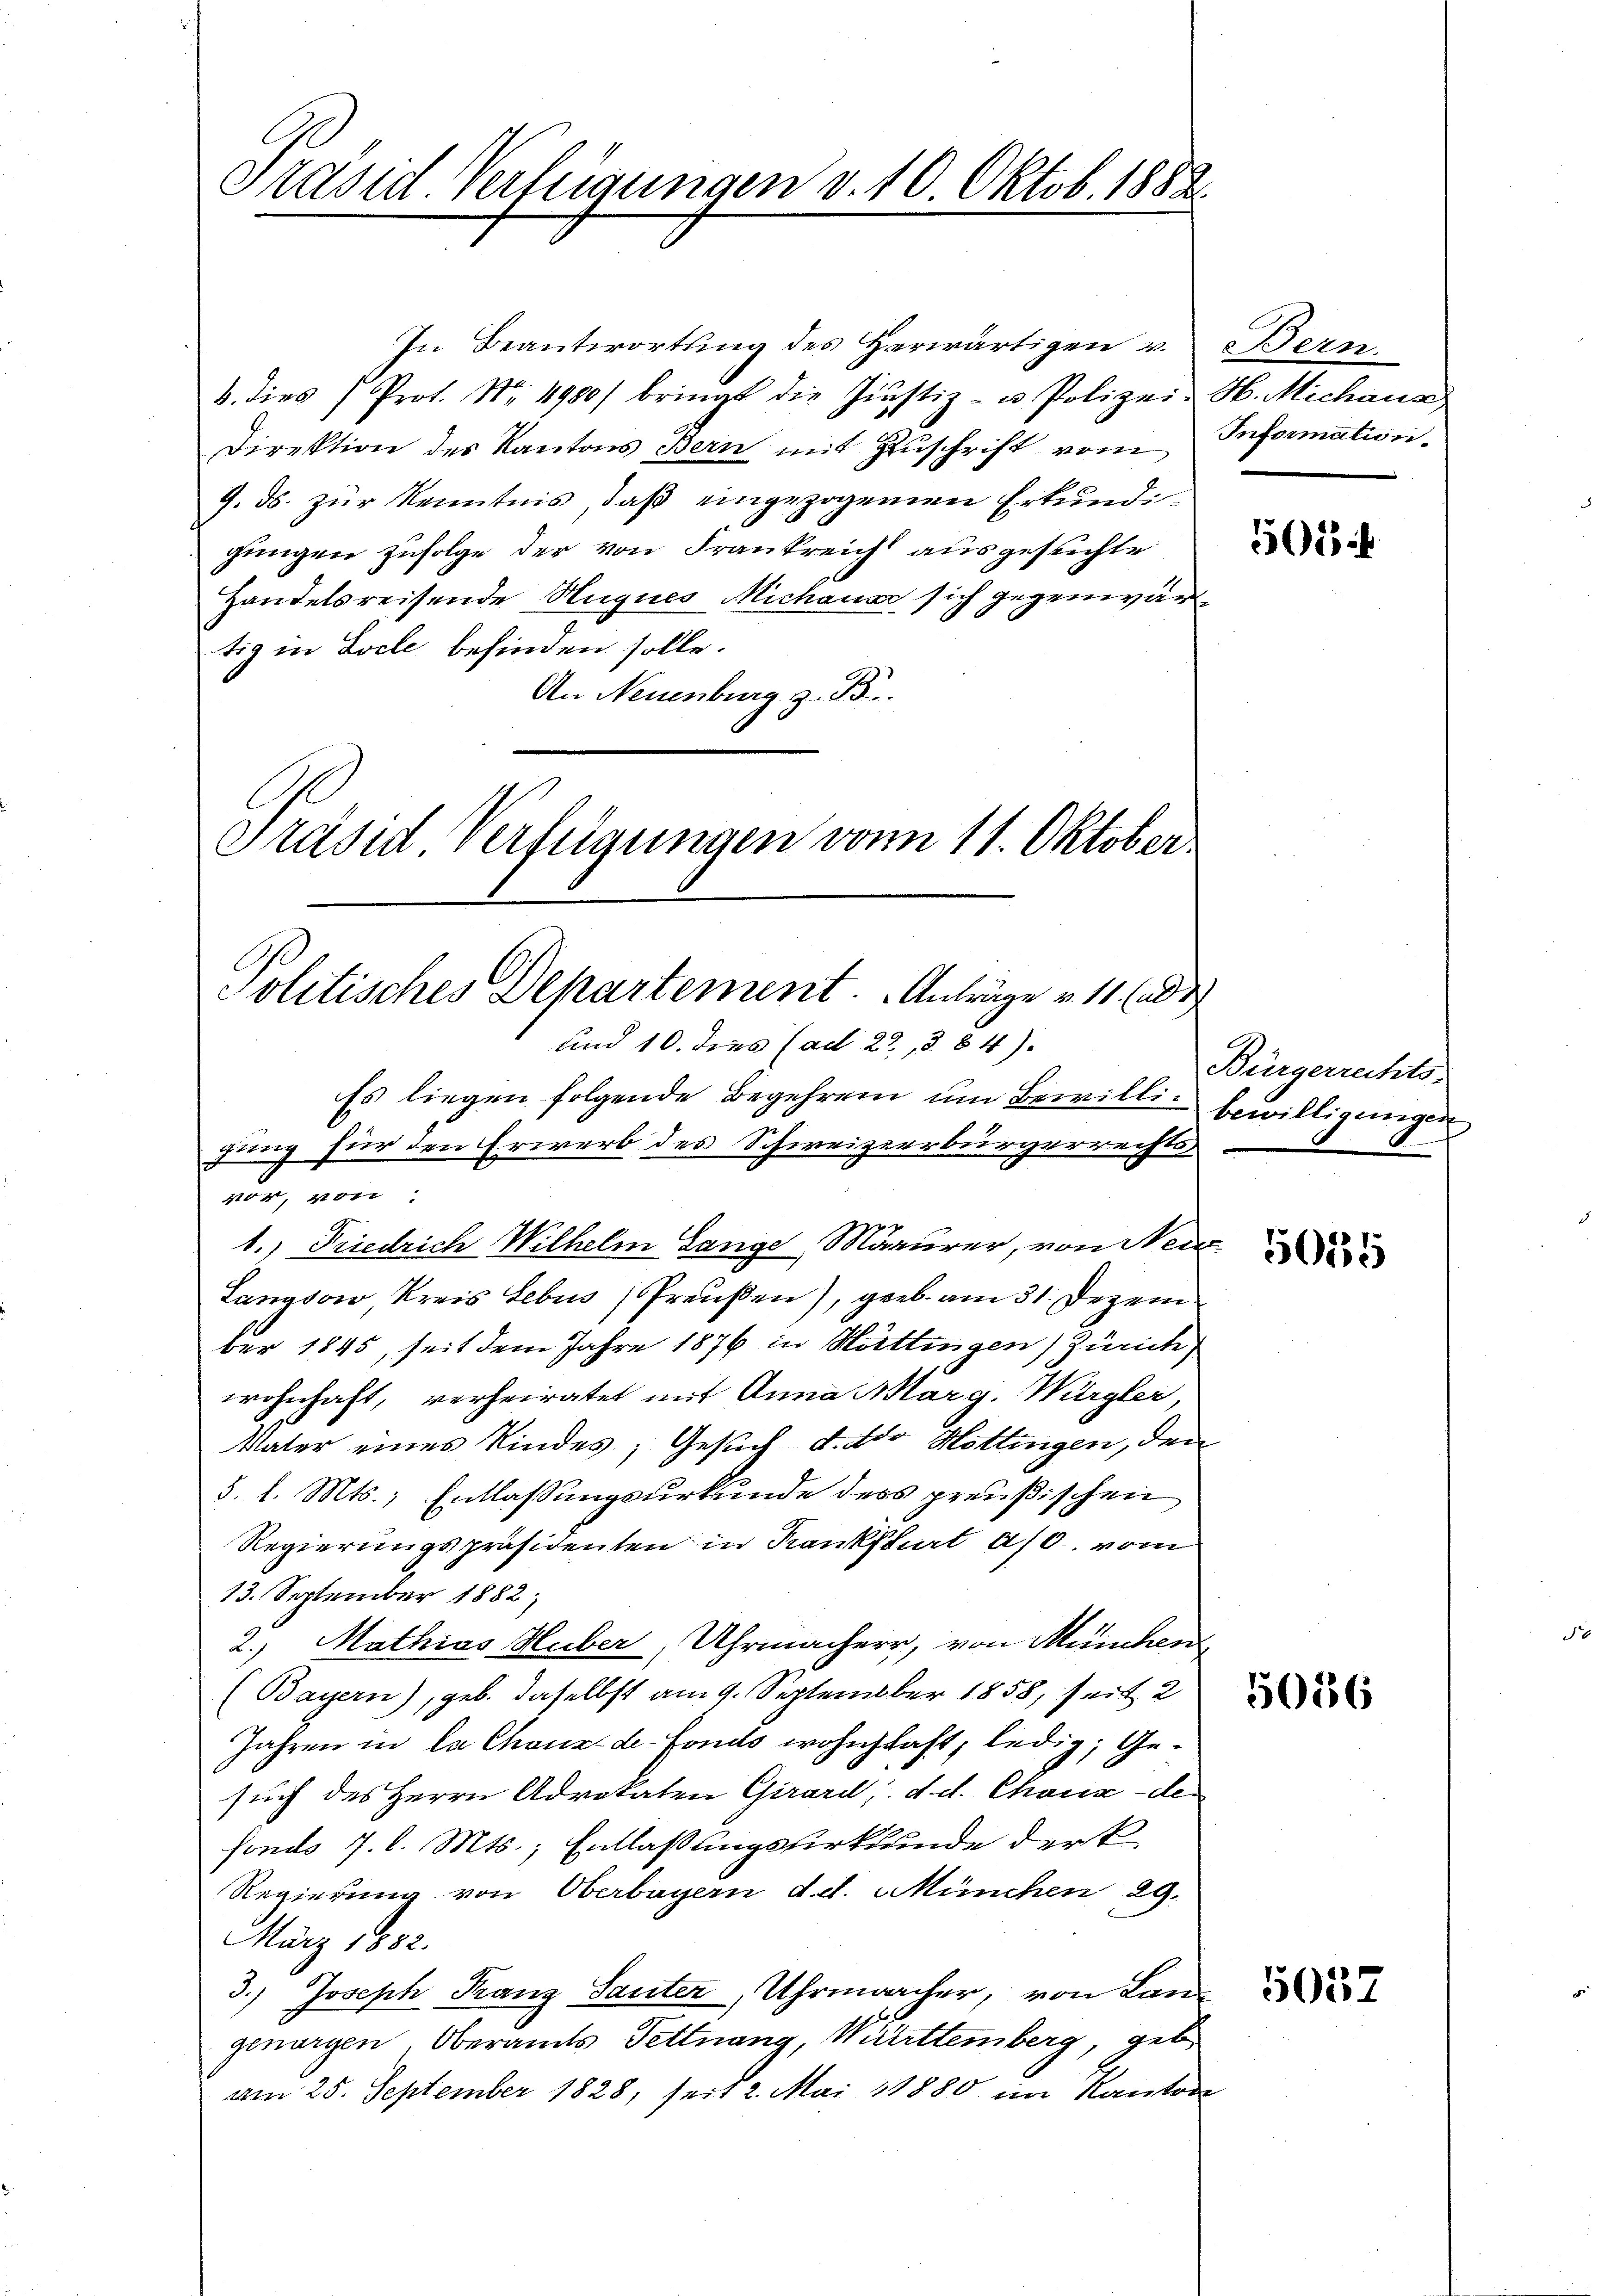
Stavid Verfügungen v. 10. Oktob. 1882

In Beantwortung des Heerwärtigen v.
b. dies Prot. Nr. 4980/ bringt die Justiz- u. Polizei-H. Michana
Direktion des Kantons Bern mit Zŭschrift vom Information
9. ds. zur Kenntnis, daß eingezogenen Erkundigungen zufolge der von Frankreich ausgesuchte
Handelsreisende Hugues Michause sich gegenwärtig in Loche befinden solle.
An Neuenburg z. B.
Präsid. Verfügungen von 11. Oktober

Politisches Departement. Anträge v. 11. (a
und 10. dies (ad 22, § 84)

Es liegen folgende Begehren um Bewillig bewilligungen
gung für den Erwerb des Schweizerbürgerrechtsvor, von
ge
1.) Friedrich Wilhelm Gange Maurer, von Nein
Langsow, Kreis Lebus Preußen), geb. am 31. Dezember 1845, seit dem Jahre 1876 in Höttingen) Zürich
wohnhaft, verheiratet mit Anna Marg. Würgler,
Vater eines Kindes; Gesuch d. dto Mittingen, den
5. l. Mts., Entlassungsurkunde des preußischen
Regierungspräsidenten in Rankfurt a/0. vom
13. September 1882,
2.) Mathias Huber, Uhrmacherr, von München
(Bayern), geb. daselbst am 9. September 1858, seit 2
Jahren in la Chaux de Fonds wohnhaft, ledig, Gesuch des Herrn Advokaten Girard, d. d. Chaux-der
fonds 7. d. Mts., Entlassungsurkunde der t
Regierung von Oberbayern d. d. München 29.
März 1832.
3.) Joseph Franz Sauter, Uhrmancher, von Langenargen, Oberamts Fettnang, Württemberg, geb.
am 25. September 1828, seit 2. Mai 1880 im Kanton

Bern.

561

Bürgerrechts-
.

50135

5056

5057